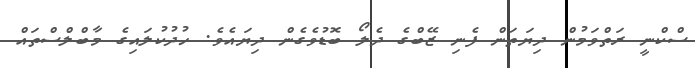
ސްކްނީ ރަތްވަމުން ދިޔަތަން ފެނި ޒޭބްގެ ދެލޯ ބޮޑުވެގެން ދިޔައެވެ. ހުދުކުލައިގެ މާބްލްސްތައް